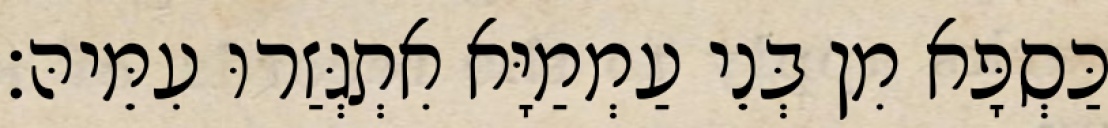
כַּסְפָּא מִן בְּנֵי עַמְמַיָּא אִתְגְּזַרוּ עִמֵּיהּ׃